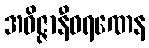
အဝိဇ္ဇာနီဝရဏေန